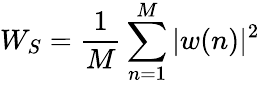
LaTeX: W_{S}=\frac{1}{M}\sum_{n=1}^{M}|w(n)|^{2}